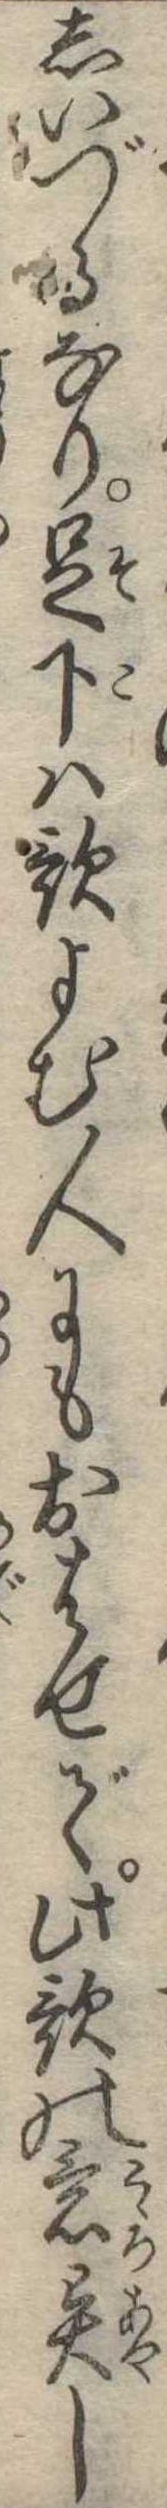
しいづるなり足下は歌よむ人にもおはせで此歌の意異し